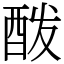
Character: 酦